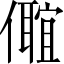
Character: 𠐅